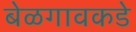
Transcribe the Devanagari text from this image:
बेळगावकडे